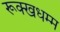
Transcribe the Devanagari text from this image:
रूक्खधम्म